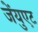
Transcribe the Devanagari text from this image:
जेंयुएट